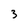
Character: 3